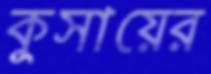
কুসায়ের